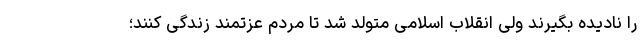
را نادیده بگیرند ولی انقلاب اسلامی متولد شد تا مردم عزتمند زندگی کنند؛